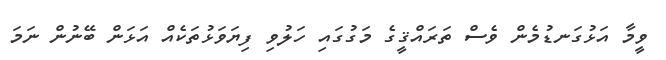
ވީމާ އަޅުގަނޑުމެން ވެސް ތަރައްޤީގެ މަގުގައި ހަލުވި ފިޔަވަޅުތަކެއް އަޅަން ބޭނުން ނަމަ